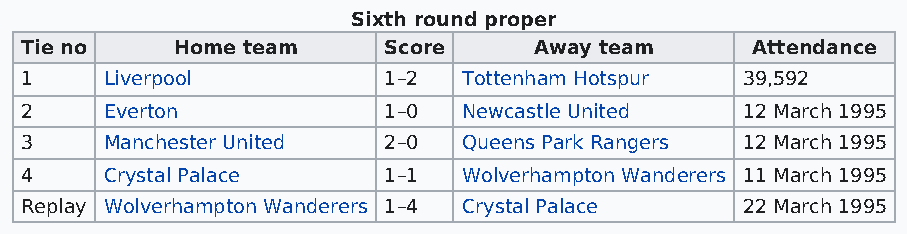
Sixth round proper
 Tie no    Home team     Score     Away team      Attendance
 1     Liverpool         1–2   Tottenham Hotspur 39,592
 2     Everton           1–0   Newcastle United  12 March 1995
 3     Manchester United 2–0   Queens Park Rangers 12 March 1995
 4     Crystal Palace    1–1   Wolverhampton Wanderers 11 March 1995
 Replay Wolverhampton Wanderers 1–4 Crystal Palace 22 March 1995